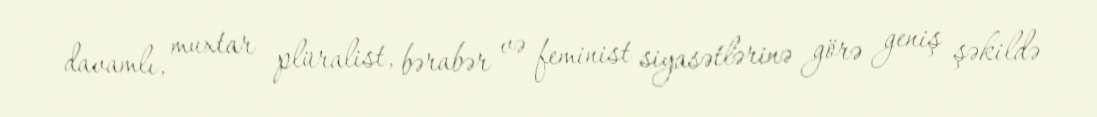
davamlı, muxtar plüralist, bərabər və feminist siyasətlərinə görə geniş şəkildə